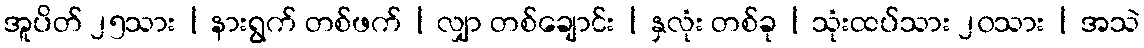
အူပိတ် ၂၅သား | နားရွက် တစ်ဖက် | လျှာ တစ်ချောင်း | နှလုံး တစ်ခု | သုံးထပ်သား ၂၀သား | အသဲ